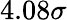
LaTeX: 4.08\sigma